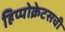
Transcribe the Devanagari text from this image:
हिप्पोक्रेटसची